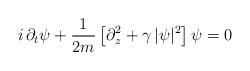
LaTeX: \begin{align*}i\,\partial_{t} \psi + \frac{1}{2 m}\left[\partial_{z}^{2} +\gamma \, |\psi|^{2} \right] \psi = 0 \end{align*}